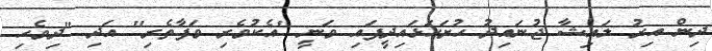
ދިން އިރު ލައިޝާ ޖުނައިދު ހުށަހަޅައިދީފައި ވަނީ "އެކުވެރި ވަފާތެރި" އަދި "ދިވެހި